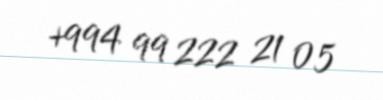
+994 99 222 21 05